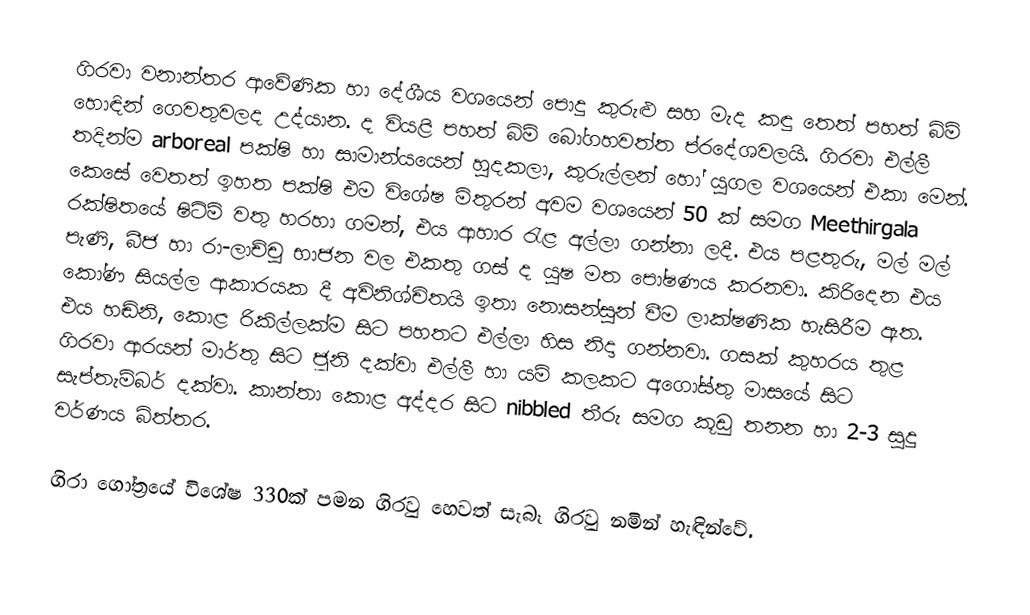
ගිරවා  වනාන්තර ආවේණික හා දේශීය වශයෙන් පොදු කුරුළු සහ මැද කඳු තෙත් පහත් බිම් හොඳින් ගෙවතුවලද උද්යාන. ද වියළි පහත් බිම් බෝගහවත්ත ප්රදේශවලයි. ගිරවා එල්ලී  තදින්ම arboreal පක්ෂි හා සාමාන්යයෙන් හුදකලා, කුරුල්ලන් හෝ යුගල වශයෙන් එකා මෙන්. කෙසේ වෙතත් ඉහත පක්ෂි එම විශේෂ මිතුරන් අවම වශයෙන් 50 ක් සමග Meethirgala රක්ෂිතයේ ෂිටිම් වතු හරහා ගමන්, එය ආහාර රැළ අල්ලා ගන්නා ලදී. එය පළතුරු, මල් මල් පැණි, බීජ හා රා-ලාච්චු භාජන වල එකතු ගස් ද යුෂ මත පෝෂණය කරනවා. කිරිදෙන එය කෝණ සියල්ල ආකාරයක දී අවිනිශ්චිතයි ඉතා නොසන්සුන් වීම ලාක්ෂණික හැසිරීම ඇත. එය හඬිනි, කොළ රිකිල්ලක්ම සිට පහතට එල්ලා හිස නිදා ගන්නවා. ගසක් කුහරය තුළ ගිරවා ආරයන් මාර්තු සිට ජූනි දක්වා එල්ලී හා යම් කලකට  අගෝස්තු මාසයේ සිට සැප්තැම්බර් දක්වා. කාන්තා කොළ අද්දර සිට nibbled තීරු සමග කූඩු තනන හා 2-3 සුදු වර්ණය බිත්තර.

ගිරා ගෝත්‍රයේ විශේෂ 330ක් පමන ගිරවු හෙවත් සැබෑ ගිරවු නමින් හැඳින්වේ.